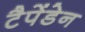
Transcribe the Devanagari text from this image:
टैपेंडेन